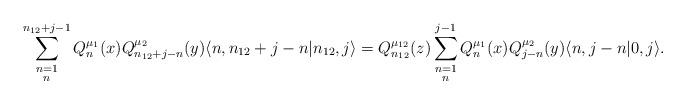
LaTeX: \begin{align*} \displaystyle\sum\limits_{\substack{n=1\\ n}}^{n_{12}+j-1} Q_n^{\mu_1}(x) Q_{n_{12}+j-n}^{\mu_2}(y) \langle n, n_{12}+j-n |n_{12},j\rangle = Q_{n_{12}}^{\mu_{12}}(z) \displaystyle\sum\limits_{\substack{n=1\\ n}}^{j-1} Q_n^{\mu_1}(x) Q_{j-n}^{\mu_2}(y) \langle n, j-n | 0,j \rangle.\end{align*}